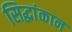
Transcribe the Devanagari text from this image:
सिद्धांकान